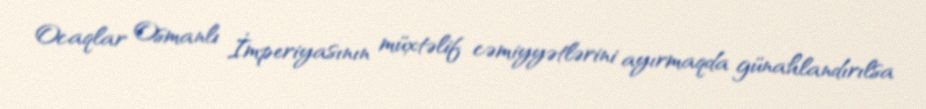
Ocaqlar Osmanlı İmperiyasının müxtəlif cəmiyyətlərini ayırmaqda günahlandırılsa